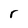
Character: r